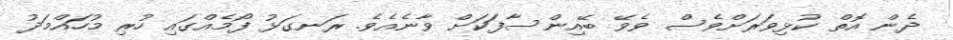
ދެން އޮތް ކުޅިވަރަށްވެސް ވެވޭ ބޭއިންސާފަކަށް ވާނެއެވެ. ރަނގަޅު ފޯމެއްގައި ހުރި މުހައްމަދު